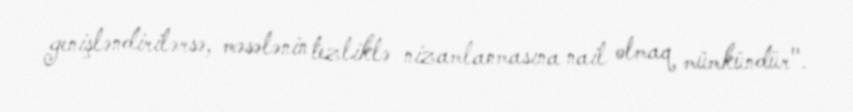
genişləndirilərsə, məsələnin tezliklə nizamlanmasına nail olmaq mümkündür".